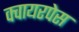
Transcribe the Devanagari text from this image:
क्वायरपेस